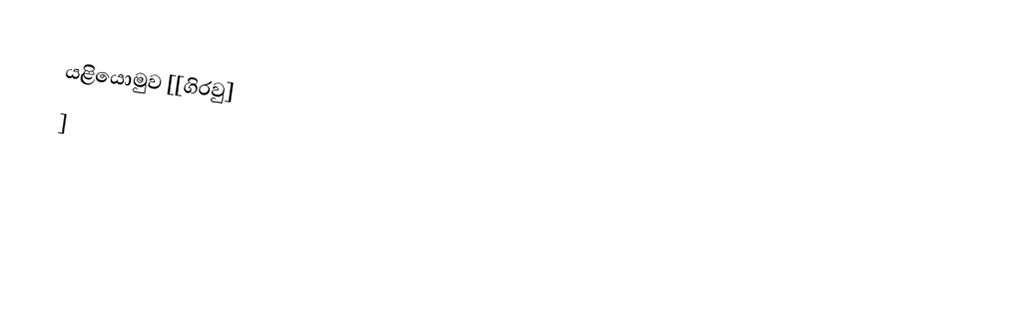
යළියොමුව [[ගිරවු]
]